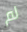
لم